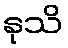
နုသိ